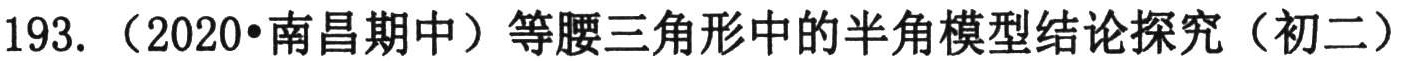
193.（2020•南昌期中）等腰三角形中的半角模型结论探究（初二）